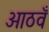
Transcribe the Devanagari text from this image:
आठवँ